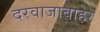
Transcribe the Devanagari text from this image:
दरवाजाबाहेर